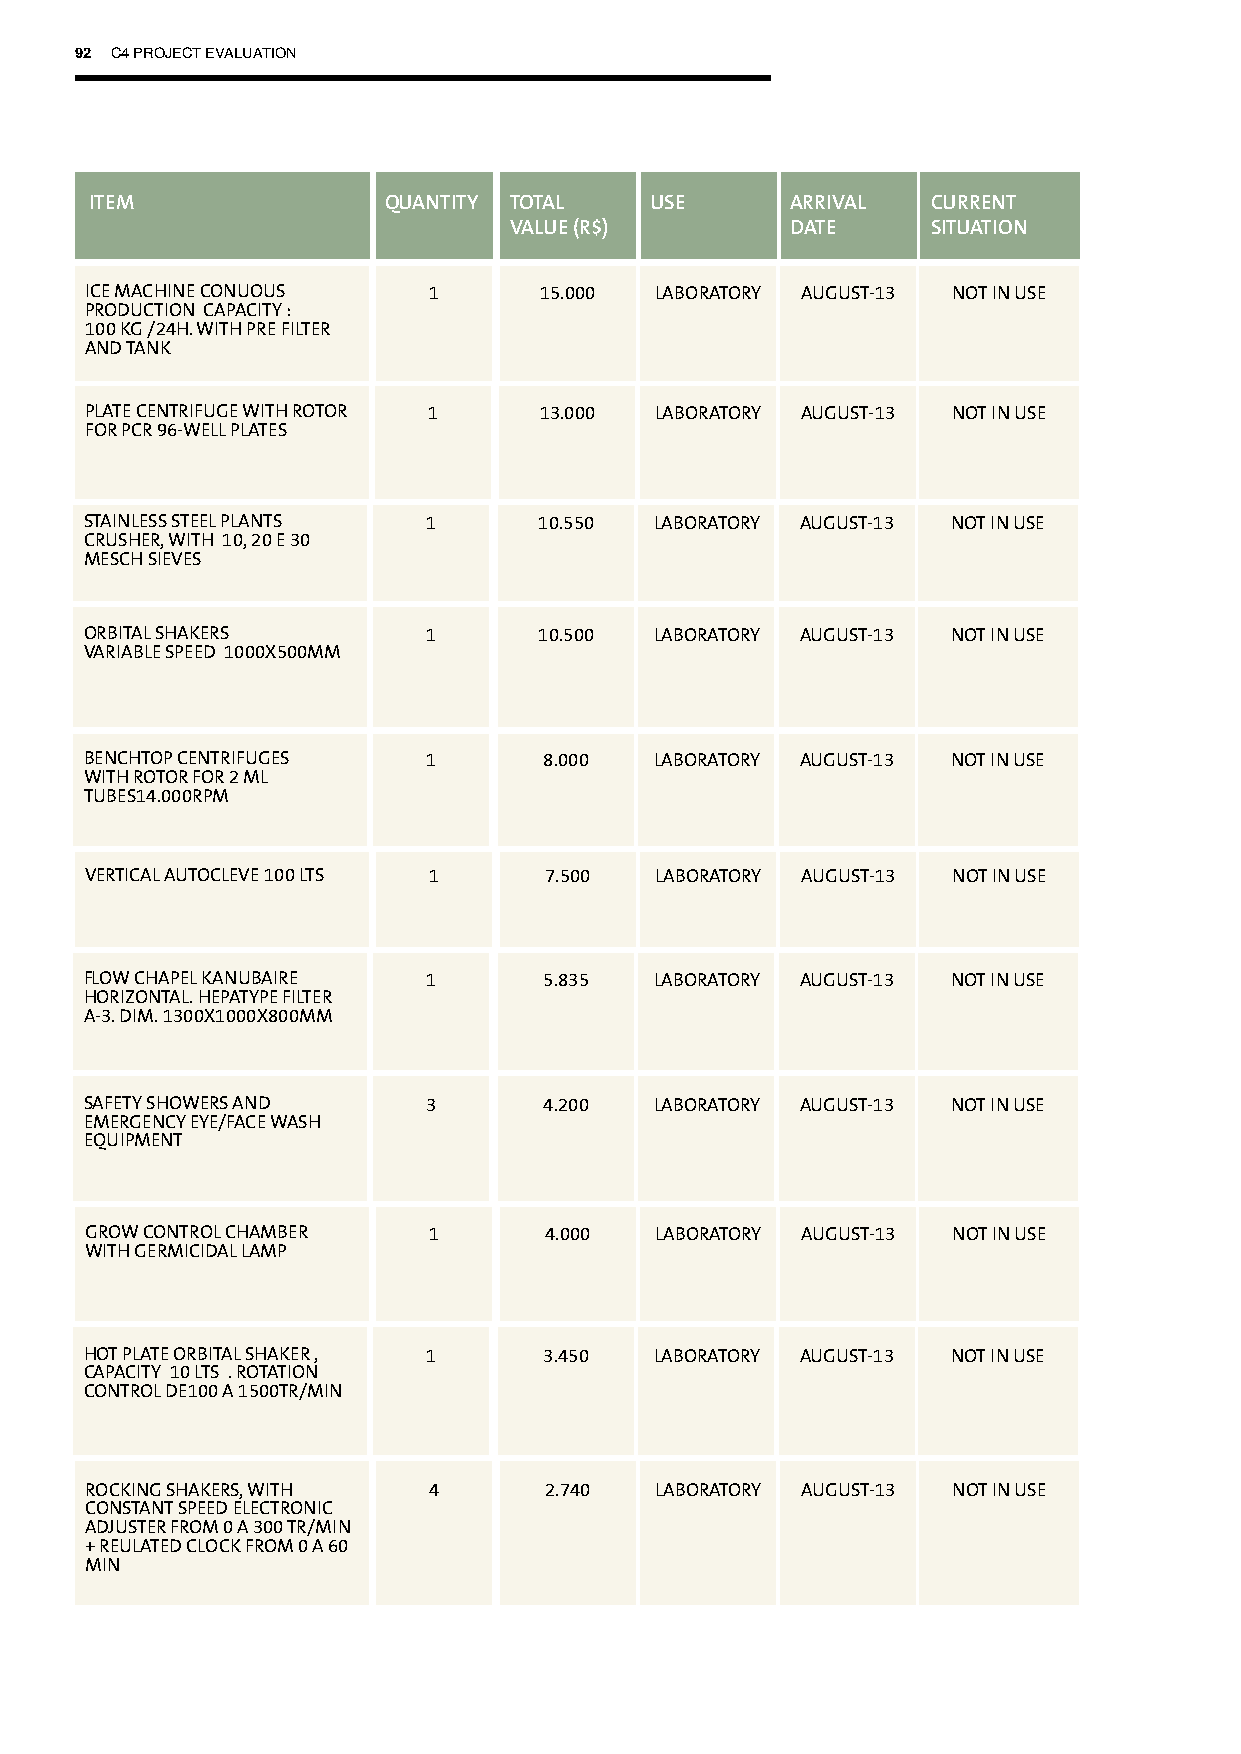
92 C4 PROJECT EVALUATION
 ITEM               QUANTITY TOTAL    USE      ARRIVAL   CURRENT
 VALUE (R$)        DATE      SITUATION
 ICE MACHINE CONUOUS   1       15.000 LABORATORY AUGUST-13 NOT IN USE
 PRODUCTION CAPACITY :
 100 KG /24H. WITH PRE FILTER
 AND TANK
 PLATE CENTRIFUGE WITH ROTOR 1 13.000 LABORATORY AUGUST-13 NOT IN USE
 FOR PCR 96-WELL PLATES
 STAINLESS STEEL PLANTS 1      10.550 LABORATORY AUGUST-13 NOT IN USE
 CRUSHER, WITH 10, 20 E 30
 MESCH SIEVES
 ORBITAL SHAKERS       1       10.500 LABORATORY AUGUST-13 NOT IN USE
 VARIABLE SPEED 1000X500MM
 BENCHTOP CENTRIFUGES  1       8.000  LABORATORY AUGUST-13 NOT IN USE
 WITH ROTOR FOR 2 ML
 TUBES14.000RPM
 VERTICAL AUTOCLEVE 100 LTS 1  7.500  LABORATORY AUGUST-13 NOT IN USE
 FLOW CHAPEL KANUBAIRE 1       5.835  LABORATORY AUGUST-13 NOT IN USE
 HORIZONTAL. HEPATYPE FILTER
 A-3. DIM. 1300X1000X800MM
 SAFETY SHOWERS AND    3       4.200  LABORATORY AUGUST-13 NOT IN USE
 EMERGENCY EYE/FACE WASH
 EQUIPMENT
 GROW CONTROL CHAMBER  1       4.000  LABORATORY AUGUST-13 NOT IN USE
 WITH GERMICIDAL LAMP
 HOT PLATE ORBITAL SHAKER , 1  3.450  LABORATORY AUGUST-13 NOT IN USE
 CAPACITY 10 LTS . ROTATION
 CONTROL DE100 A 1500TR/MIN
 ROCKING SHAKERS, WITH 4       2.740  LABORATORY AUGUST-13 NOT IN USE
 CONSTANT SPEED ELECTRONIC
 ADJUSTER FROM 0 A 300 TR/MIN
 + REULATED CLOCK FROM 0 A 60
 MIN